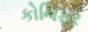
કોનિફર